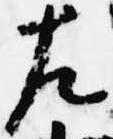
左